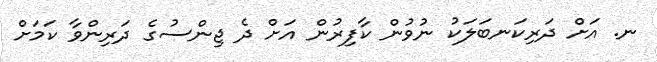
ނ. އަށް ދަރިކަނބަލަކު ނުވުން ކާފިރުން އަށް ދެ ޖިންސުގެ ދަރިންވާ ކަމަށް